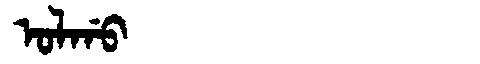
Manchu: ᠣᠯᡤᠣ
Romanization: OLGO